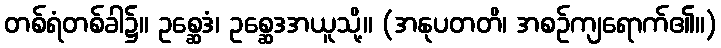
တစ်ရံတစ်ခါ၌။ ဥစ္ဆေဒံ၊ ဥစ္ဆေဒအယူသို့။ (အနုပတတိ၊ အစဉ်ကျရောက်၏။)